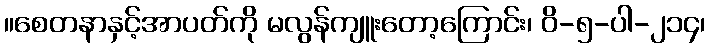
။စေတနာနှင့်အာပတ်ကို မလွန်ကျူးတော့ကြောင်း၊ ဝိ-၅-ပါ-၂၁၄၊